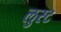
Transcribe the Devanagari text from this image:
लुस्ट